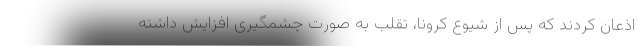
اذعان کردند که پس از شیوع کرونا، تقلب به صورت چشمگیری افزایش داشته